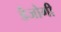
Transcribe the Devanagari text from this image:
डैजोगी